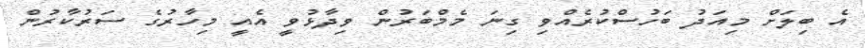
އެ ބިލަށް މިއަދު ބަހުސްކުރެއްވި ގިނަ މެމްބަރުން ވިދާޅުވީ އެއީ މިހާރުގެ ސަރުކާރުން